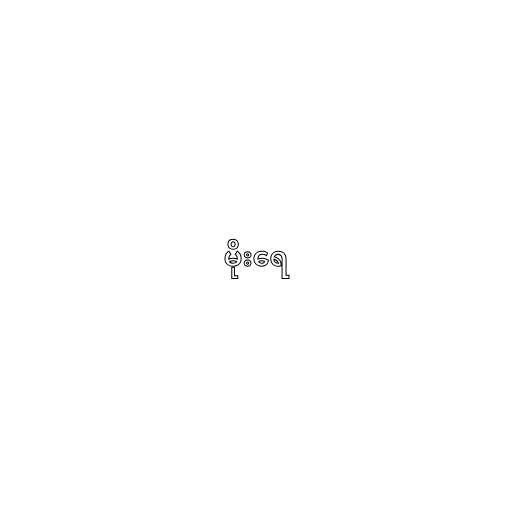
မိုးရေ